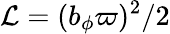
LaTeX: {\mathcal{L}}=(b_{\phi}\varpi)^{2}/2